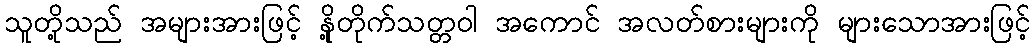
သူတို့သည် အများအားဖြင့် နို့တိုက်သတ္တဝါ အကောင် အလတ်စားများကို များသောအားဖြင့်